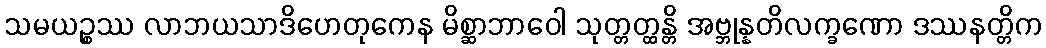
သမယဉ္စဿ လာဘယသာဒိဟေတုကေန မိစ္ဆာဘာဝေါ သုတ္တတ္ထန္တိ အဗ္ဘုန္နတိလက္ခဏော ဒဿနတ္တိက